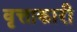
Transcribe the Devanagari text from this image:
वृत्ताकारी